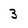
Character: 3